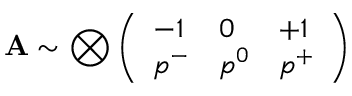
\mathbf { A } \sim \bigotimes \left( \begin{array} { l l l } { - 1 } & { 0 } & { + 1 } \\ { p ^ { - } } & { p ^ { 0 } } & { p ^ { + } } \end{array} \right)